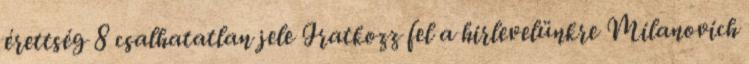
érettség 8 csalhatatlan jele Iratkozz fel a hirlevelünkre Milanovich